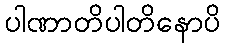
ပါဏာတိပါတိနောပိ